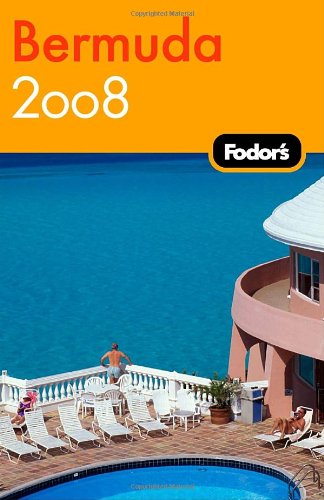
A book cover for Fodor's Bermuda 2008 (Fodor's Gold Guides); Fodor's; Travel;